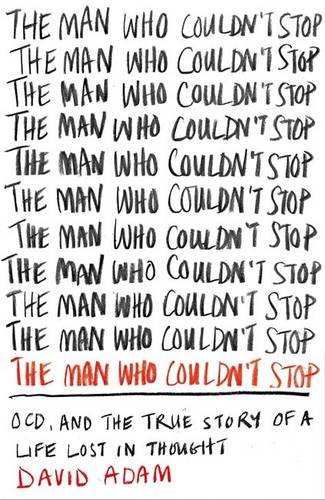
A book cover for The Man Who Couldn't Stop: OCD, and the True Story of a Life Lost in Thought; David Adam; Health, Fitness & Dieting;